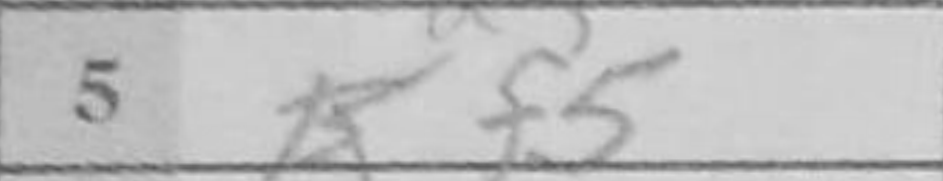
Transcription: f5